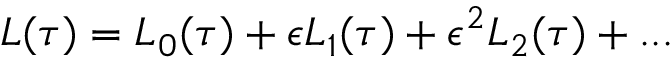
L ( \tau ) = L _ { 0 } ( \tau ) + \epsilon L _ { 1 } ( \tau ) + \epsilon ^ { 2 } L _ { 2 } ( \tau ) + . . .